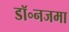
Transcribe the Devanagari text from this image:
डॉ॰नजमा